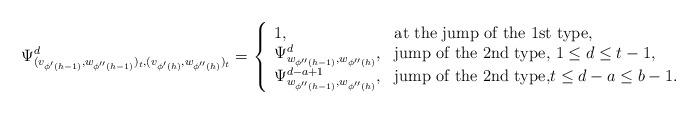
LaTeX: \begin{align*}\Psi^d_{(v_{\phi'(h-1)},w_{\phi''(h-1)})_t,(v_{\phi'(h)},w_{\phi''(h)})_t}=\left\{\begin{array}{ll}1,& \mbox{at the jump of the 1st type,}\\\Psi^d_{w_{\phi''(h-1)},w_{\phi''(h)}},& \mbox{jump of the 2nd type, $1\leq d\leq t-1$,}\\\Psi^{d-a+1}_{w_{\phi''(h-1)},w_{\phi''(h)}},& \mbox{jump of the 2nd type,$t\leq d-a\leq b-1$.}\end{array}\right.\end{align*}